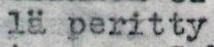
lä peritty